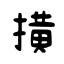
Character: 撗